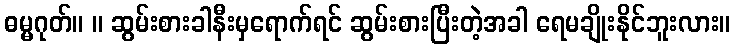
ဓမ္မဂုတ်။ ။ ဆွမ်းစားခါနီးမှရောက်ရင် ဆွမ်းစားပြီးတဲ့အခါ ရေမချိုးနိုင်ဘူးလား။